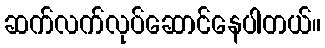
ဆက်လက်လုပ်ဆောင်နေပါတယ်။